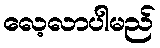
လေ့လာပါမည်